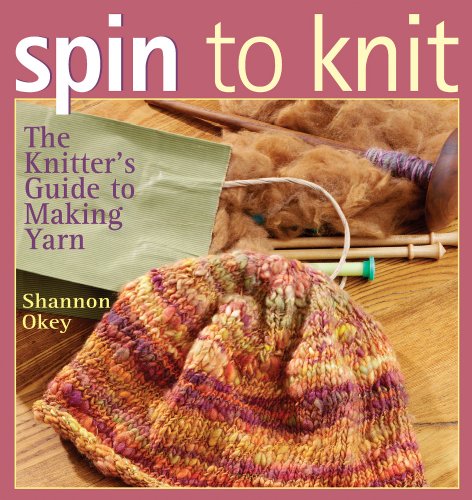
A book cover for Spin to Knit; Shannon Okey; Crafts, Hobbies & Home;